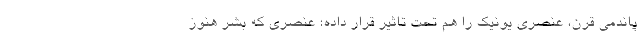
پاندمی قرن، عنصری یونیک را هم تحت تاثیر قرار داده؛ عنصری که بشر هنوز